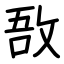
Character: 敔